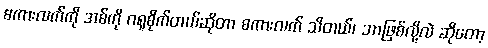
စကားလက်ကို အစ်ကို ဂရုစိုက်တယ်ဆိုတာ စကားလက် သိတယ်၊ ဘာဖြစ်လို့လဲ ဆိုတော့